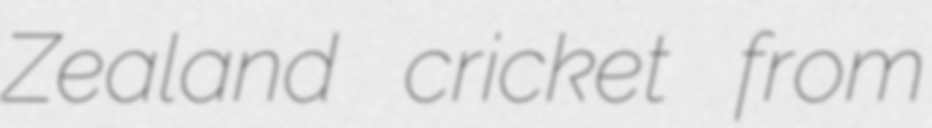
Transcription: Zealand cricket from